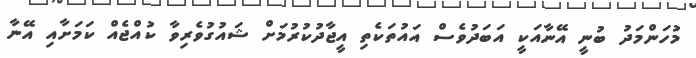
މުހަންމަދު ބުނީ އޭނާއަކީ އަބަދުވެސް އައުތަކެތި އީޖާދުކުރުމަށް ޝައުގުވެރިވާ ކުއްޖެއް ކަމަށާއި އޭނާ